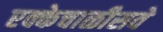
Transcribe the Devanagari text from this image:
एक्केचाळीसवे